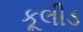
કૂલીડ